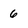
Character: 6